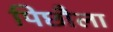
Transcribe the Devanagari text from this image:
पिछौला